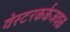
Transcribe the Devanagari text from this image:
वेस्टरकर्कजवळ